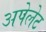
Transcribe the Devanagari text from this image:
अपेलेट